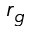
r _ { g }